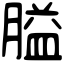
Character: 膉